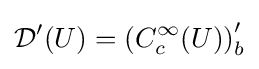
{\mathcal {D}}'(U)=\left(C_{c}^{\infty }(U)\right)'_{b}